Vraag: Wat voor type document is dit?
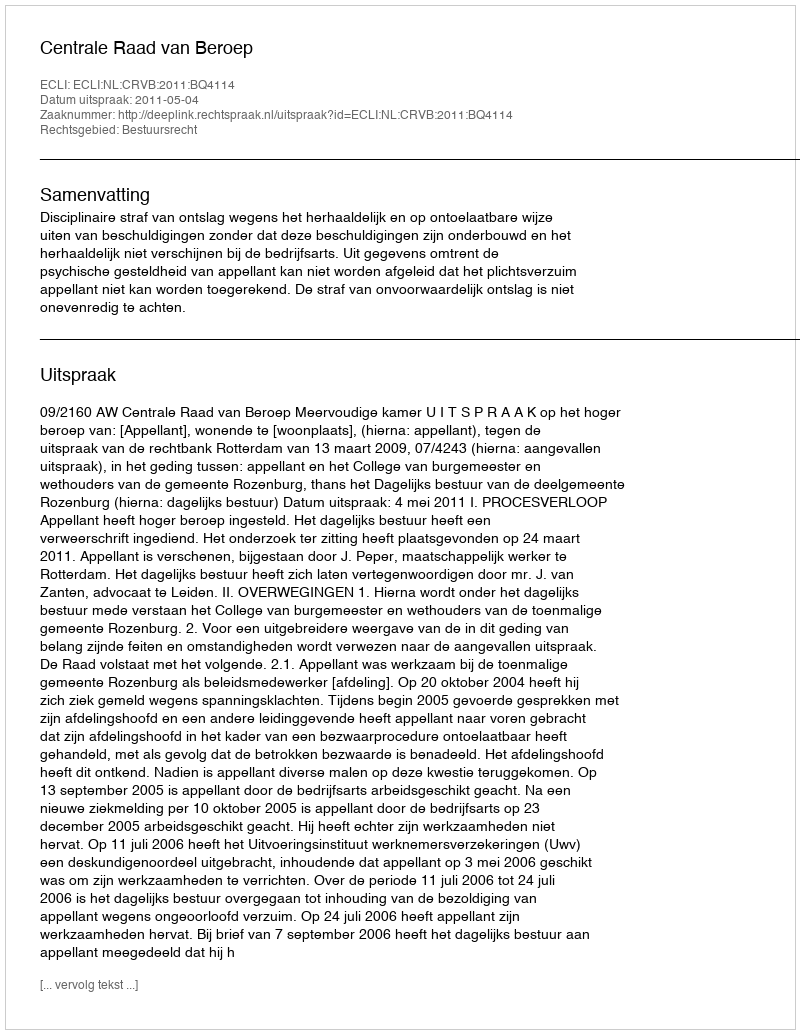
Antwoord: Uitspraak